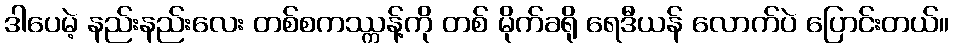
ဒါပေမဲ့ နည်းနည်းလေး တစ်စကဿ္ကန့်ကို တစ် မိုက်ခရို ရေဒီယန် လောက်ပဲ ပြောင်းတယ်။